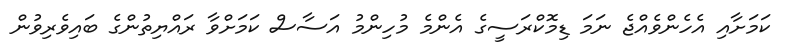
ކަމަށާއި އެހެންވެއްޖެ ނަމަ ޑިމޮކްރަސީގެ އެންމެ މުހިންމު އަސާސް ކަމަށްވާ ރައްޔިތުންގެ ބައިވެރިވުން